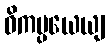
ဝိကပ္ပယေယျ